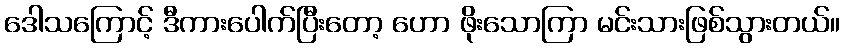
ဒေါသကြောင့် ဒီကားပေါက်ပြီးတော့ ဟော ဖိုးသောကြာ မင်းသားဖြစ်သွားတယ်။